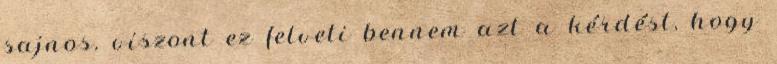
sajnos. viszont ez felveti bennem azt a kérdést, hogy